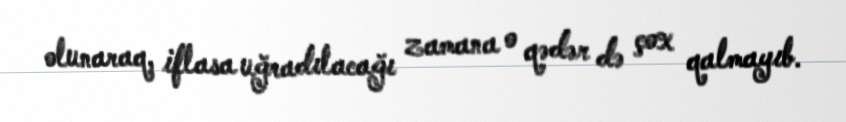
olunaraq, iflasa uğradılacağı zamana o qədər də çox qalmayıb.